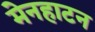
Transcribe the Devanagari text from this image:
मेनहाटन